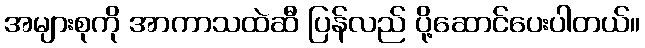
အများစုကို အာကာသထဲဆီ ပြန်လည် ပို့ဆောင်ပေးပါတယ်။